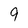
Character: 9